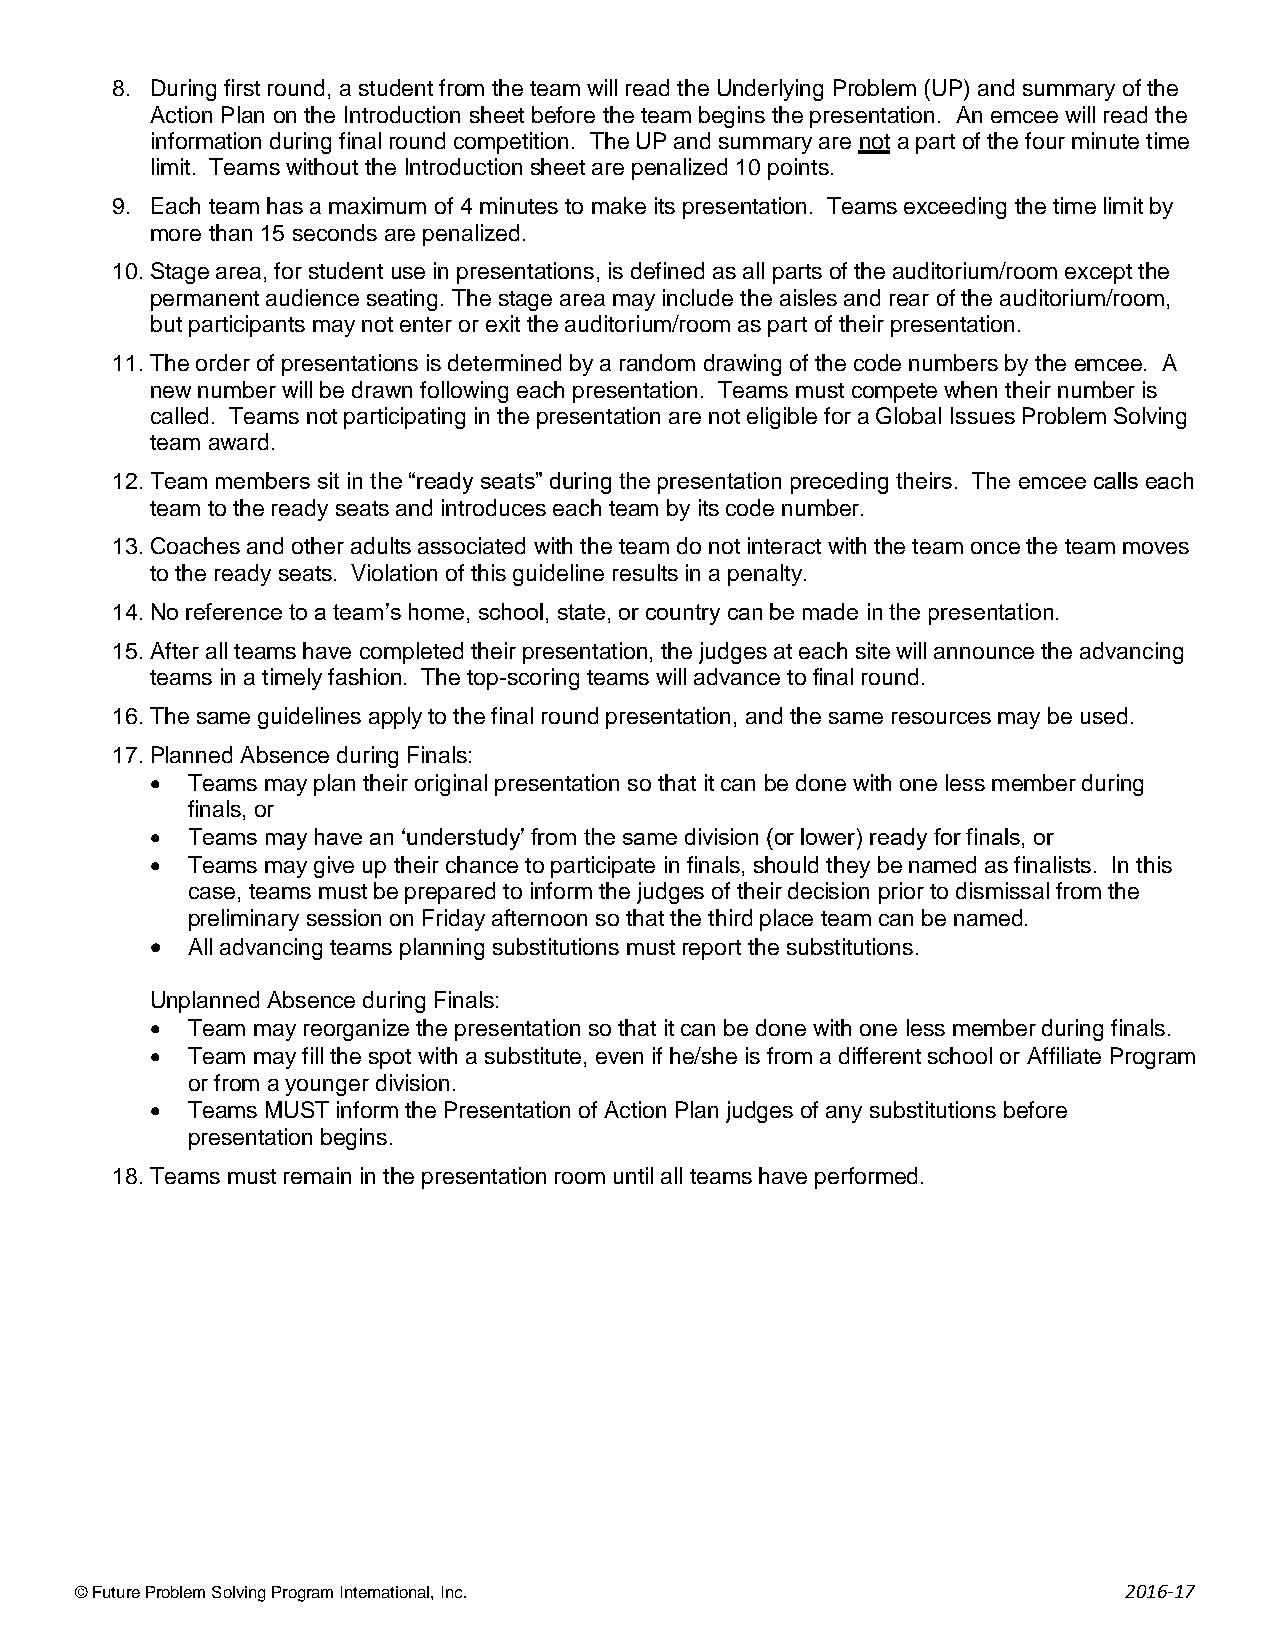
8. During first round, a student from the team will read the Underlying Problem (UP) and summary of the
 Action Plan on the Introduction sheet before the team begins the presentation. An emcee will read the
 information during final round competition. The UP and summary are not a part of the four minute time
 limit. Teams without the Introduction sheet are penalized 10 points.
 9. Each team has a maximum of 4 minutes to make its presentation. Teams exceeding the time limit by
 more than 15 seconds are penalized.
 10. Stage area, for student use in presentations, is defined as all parts of the auditorium/room except the
 permanent audience seating. The stage area may include the aisles and rear of the auditorium/room,
 but participants may not enter or exit the auditorium/room as part of their presentation.
 11. The order of presentations is determined by a random drawing of the code numbers by the emcee. A
 new number will be drawn following each presentation. Teams must compete when their number is
 called. Teams not participating in the presentation are not eligible for a Global Issues Problem Solving
 team award.
 12. Team members sit in the “ready seats” during the presentation preceding theirs. The emcee calls each
 team to the ready seats and introduces each team by its code number.
 13. Coaches and other adults associated with the team do not interact with the team once the team moves
 to the ready seats. Violation of this guideline results in a penalty.
 14. No reference to a team’s home, school, state, or country can be made in the presentation.
 15. After all teams have completed their presentation, the judges at each site will announce the advancing
 teams in a timely fashion. The top-scoring teams will advance to final round.
 16. The same guidelines apply to the final round presentation, and the same resources may be used.
 17. Planned Absence during Finals:
  Teams may plan their original presentation so that it can be done with one less member during
 finals, or
  Teams may have an ‘understudy’ from the same division (or lower) ready for finals, or
  Teams may give up their chance to participate in finals, should they be named as finalists. In this
 case, teams must be prepared to inform the judges of their decision prior to dismissal from the
 preliminary session on Friday afternoon so that the third place team can be named.
  All advancing teams planning substitutions must report the substitutions.
 Unplanned Absence during Finals:
  Team may reorganize the presentation so that it can be done with one less member during finals.
  Team may fill the spot with a substitute, even if he/she is from a different school or Affiliate Program
 or from a younger division.
  Teams MUST inform the Presentation of Action Plan judges of any substitutions before
 presentation begins.
 18. Teams must remain in the presentation room until all teams have performed.
 © Future Problem Solving Program International, Inc.                 2016-17